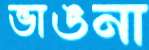
ভাঙনা